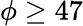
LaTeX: \phi\geq 47